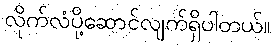
လိုက်လံပို့ဆောင်လျက်ရှိပါတယ်။